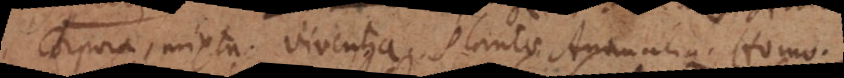
Corpora, mixta, viventia. Plantae, Animalia. Homo.